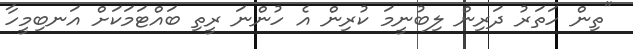
"ތިން ހަތަރު ދަރިން ލިބުނީމަ ކުރިން އެ ހުންނަ ރީތި ބައްޓަމަކަށް އަނބިމީހާ